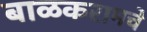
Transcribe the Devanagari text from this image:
बाळकरामचे